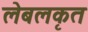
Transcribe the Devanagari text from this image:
लेबलकृत